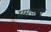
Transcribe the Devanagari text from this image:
समजावू